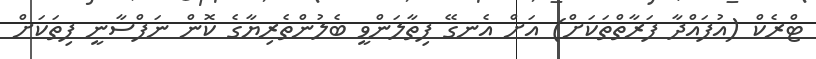
ޓްރެކް (އުފައްދާ ފަރާތްތަކަށް) އަަށް އެނގޭ ފިތާލަންވީ ބެލުންތެރިޔާގެ ކޮން ނަފްސާނީ ފިތަަކަށް